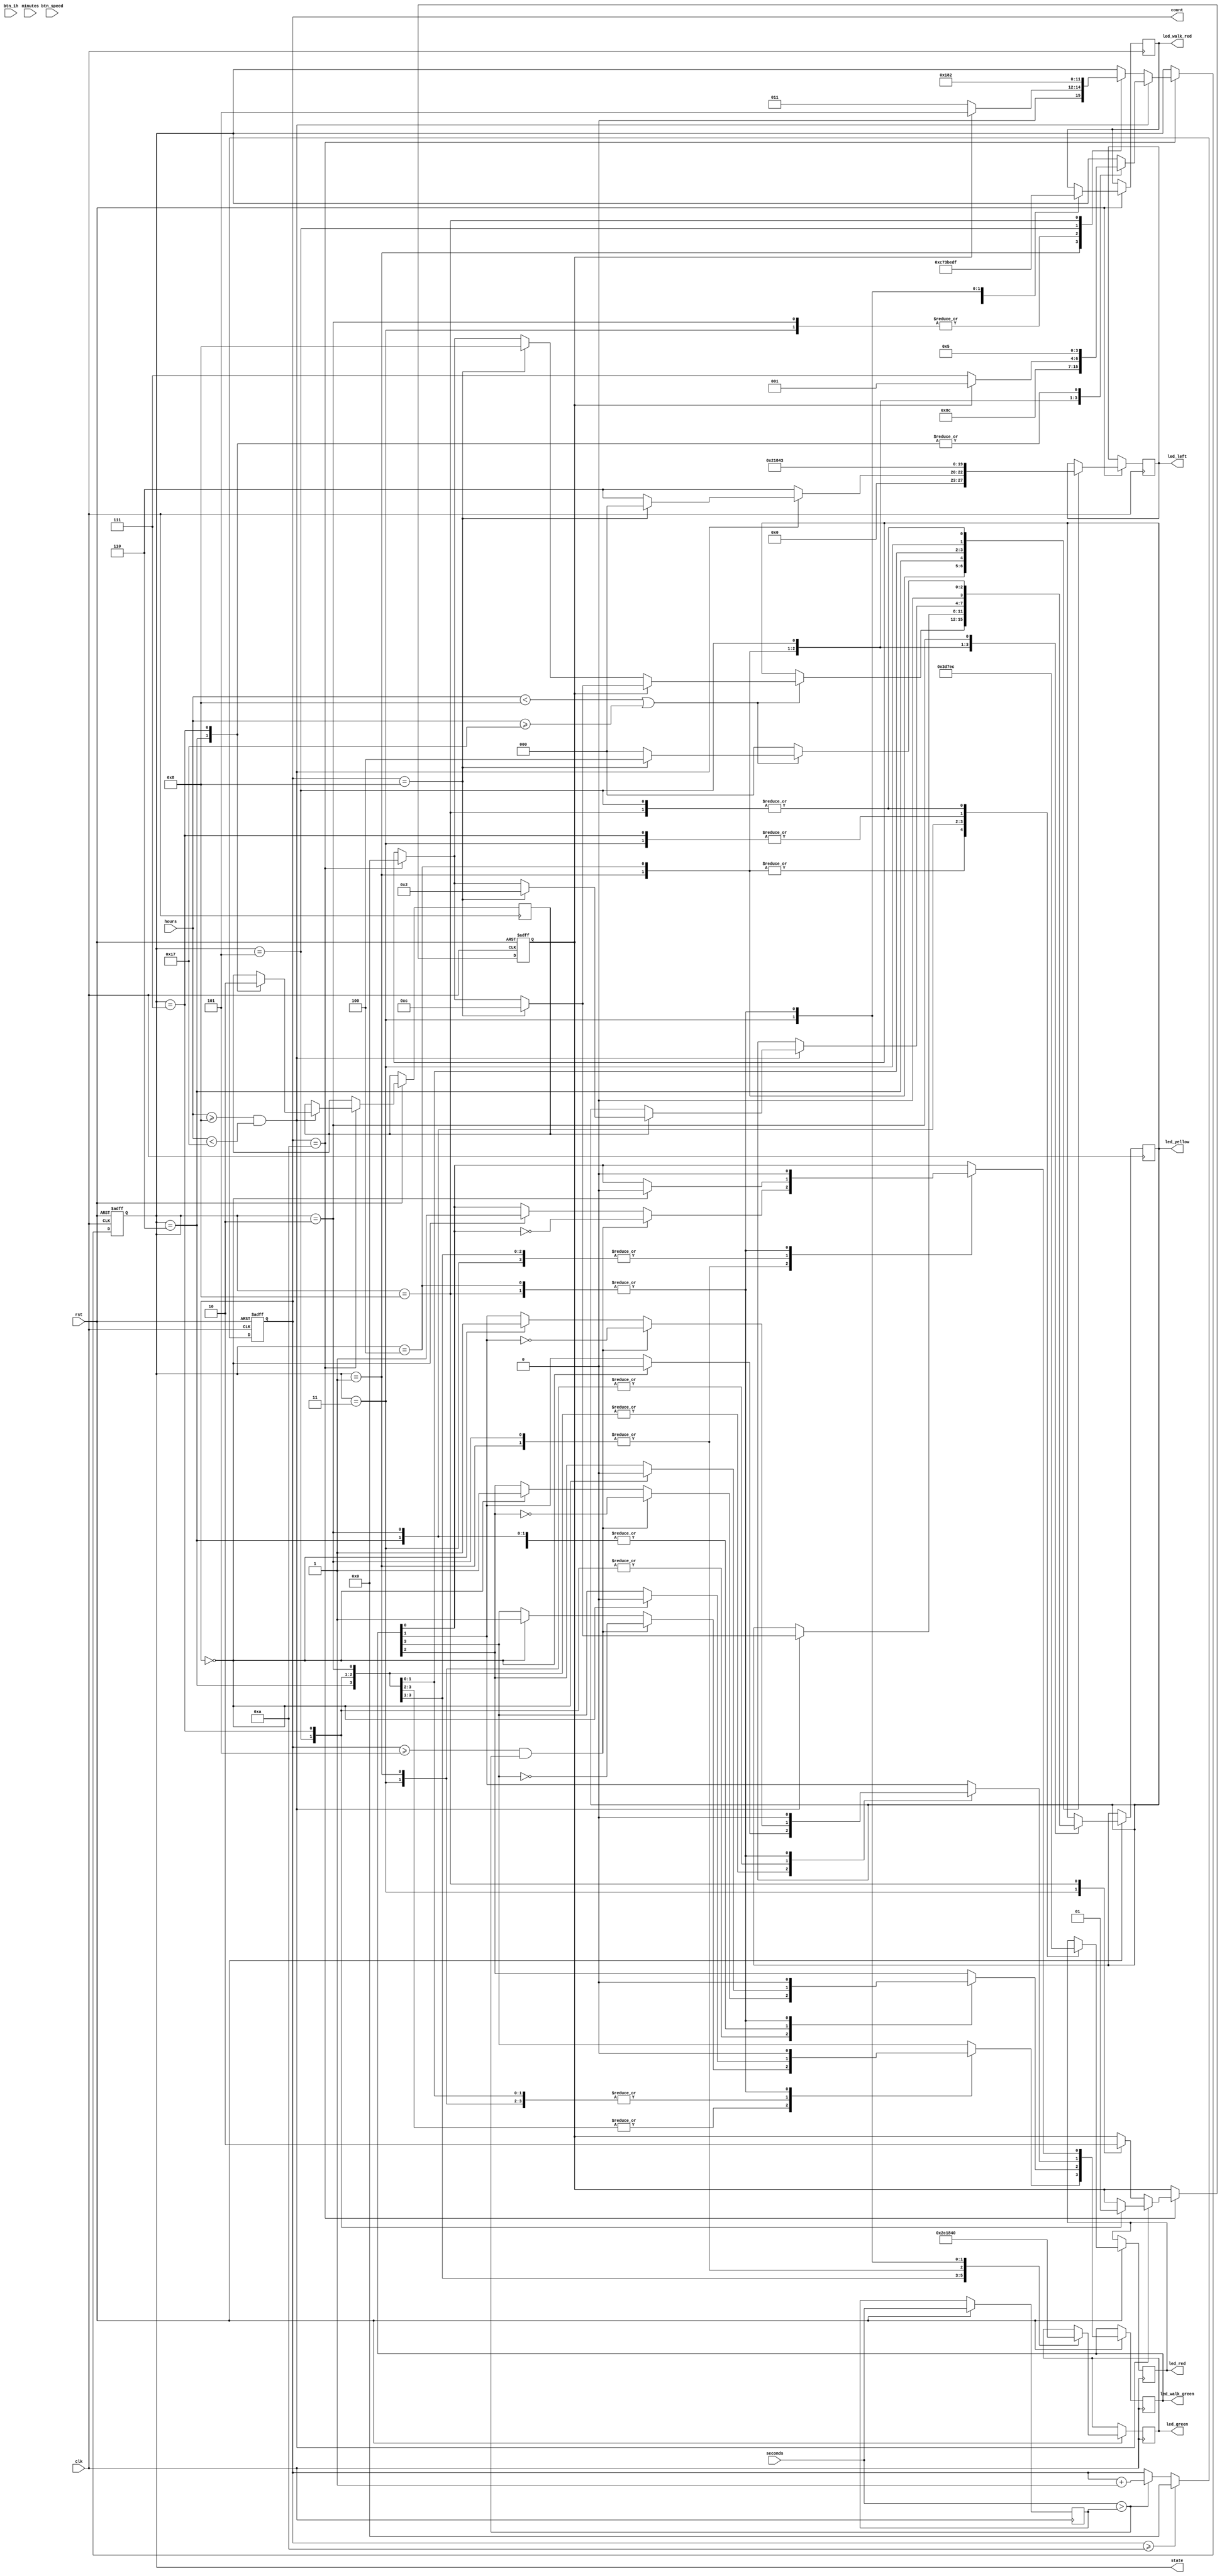
module TrafficLight (
    input wire clk,
    input wire rst,
    input wire [5:0] hours,
    input wire [5:0] minutes,
    input wire [5:0] seconds,  
    input wire btn_speed,
    input wire btn_1h,
    
    //input wire [31:0] current_time, // 32-bit   
    output reg [3:0] led_red,
    output reg [3:0] led_yellow,
    output reg [3:0] led_green,
    output reg [3:0] led_left,
    output reg [3:0] led_walk_red,
    output reg [3:0] led_walk_green,
    output reg [3:0] count,        // 
    //clock parameter
      
    output reg [3:0] state         //  
);
//   
parameter [3:0] A = 4'b0001;
parameter [3:0] B = 4'b0010;
parameter [3:0] C = 4'b0011;
parameter [3:0] D = 4'b0100;
parameter [3:0] E = 4'b0101;

//   
parameter [3:0] F = 4'b0110;
parameter [3:0] G = 4'b0111;
parameter [3:0] H = 4'b1000;



reg [3:0] pedestrianCount; //   
reg A_count; // count state A in night
reg E_count; // count state E in day

reg [5:0] seconds_reg;

//clock ck2(clk,rst, btn_speed,btn_1h, hours,minutes,seconds);

always @(posedge clk or negedge rst) begin
    if (!rst) begin

        state <= A;
        A_count <= 0;
        //led_yellow <= 4'b0000;
        pedestrianCount <= 0;        
    end
    else begin
        // /  
        if (count == 10) begin // 5 50000000
            if (hours >= 8 && hours < 23) // 
                case (state)
                    A: state <= D;
                    D: state <= F;
                    F: 
                        begin
                            state <= E;
                            E_count <= 1; 
                        end
                    E: 
                        begin
                        if(A_count == 1) begin
                            state <= A;
                            A_count <= 0;                        
                        end
                        else
                            state <= G;                             
                        end   
                    G: 
                        begin
                        state <= E;
                        A_count <= 1;
                        E_count <= 0;
                        end
                endcase
            else //                            
                case (state)
                    B: 
                        begin
                        state <= A;
                        end
                    A:  
                        begin
                        if(A_count == 1)
                            state <= E; 
                        else
                            state <= C;
                        end                                      
                    C: 
                        begin
                        state <= A;
                        A_count <= 1;
                        end
                    E: state <= H;
                    H: 
                        begin
                        state <= B;
                        A_count <= 0;
                        end
                endcase
            end
        end
end     
always @(posedge clk or negedge rst) 
begin
    if(!rst) count <= 4'b0000;
        
    else begin
        if(count >= 10) count <= 0;
        else if(seconds > seconds_reg) count <= count + 1; //|| seconds == 60
        seconds_reg <= seconds;    
        //   
        case (state)
            A: 
                begin
                led_red <= 4'b0011;
                led_green <= 4'b1000;
                led_left <= 4'b0000;
                if (hours < 8 || hours >= 23) begin// 
                    
                    if (A_count == 0) begin //    1
                        if (count == 8) // 4.9 49000000
                            led_yellow <= 4'b1000;
                        else if (count == 10) // 5
                            led_yellow <= 4'b0000;
                    end
                    else begin //    2
                        if (count == 8) // 4.9
                            led_yellow <= 4'b1100;
                        else if (count == 10) // 5
                            led_yellow <= 4'b0000;
                    end
                end        
                led_walk_red <= 4'b1100;
                if (count == 0)
                    led_walk_green <= 4'b0011;                   
                //   
                if (count >= 5 && seconds > seconds_reg) begin // 2.5 25000000
                    led_walk_green[0] <= ~led_walk_green[0];
                    led_walk_green[1] <= ~led_walk_green[1];
                    end
                //else if (pedestrianCount >= 3) 
                    //pedestrianCount <= 0;                    
                //pedestrianCount <= pedestrianCount + 1;
                end
            D:
                begin
                led_red <= 4'b0011;
                led_green <= 4'b0000;
                led_left <= 4'b0110;
                if (hours >= 8 && hours < 23) // 
                //    
                    if (count == 8) begin// 4
                        led_green <= 4'b0000;
                        led_left <= 4'b0000;
                        led_yellow <= 4'b1100;
                    end
                    else if (count == 10) // 5
                        led_yellow <= 4'b0000;
                    
                led_walk_red <= 4'b1111;
                led_walk_green <= 4'b0000;                   
                end
            F: 
                begin
                led_red <= 4'b1101;
                led_green <= 4'b0010;
                led_left <= 4'b0010;
                led_walk_red <= 4'b0111;
                if (count == 0)
                    led_walk_green <= 4'b1000;
                //   
                if (count >= 5 && seconds > seconds_reg) begin // 2.5
                    led_walk_green[3] <= ~led_walk_green[3];
                    end
                //else if (pedestrianCount >= 5) 
                    //pedestrianCount <= 0;                    
                //pedestrianCount <= pedestrianCount + 1;
                end
            E: 
                begin
                led_red <= 4'b1100;
                led_green <= 4'b1100;
                led_left <= 4'b0011;
                if (hours >= 8 && hours < 23) // 
                    if( E_count == 1) begin //   
                        if (count == 8) // 4
                            led_yellow <= 4'b0010;
                        else if (count == 10) // 5
                            led_yellow <= 4'b0000;
                    end                      
                led_walk_red <= 4'b0011;
                if (count == 0)
                    led_walk_green <= 4'b1100;    
                //   
                if (count >= 5 && seconds > seconds_reg) begin // 2.5
                    led_walk_green[3] <= ~led_walk_green[3];
                    led_walk_green[2] <= ~led_walk_green[2];
                    end
                //else if (pedestrianCount >= 5) 
                    //pedestrianCount <= 0;                    
                //pedestrianCount <= pedestrianCount + 1;
                end
            G: 
                begin
                led_red <= 4'b1110;
                led_green <= 4'b0001;
                led_left <= 4'b0001;
                led_walk_red <= 4'b1011;
                if (count == 0)
                    led_walk_green <= 4'b0100;
                //   
                if (count >= 5 && seconds > seconds_reg) begin // 2.5
                    led_walk_green[2] <= ~led_walk_green[2];
                    end
                //else if (pedestrianCount >= 5) 
                    //pedestrianCount <= 0;                    
                //pedestrianCount <= pedestrianCount + 1;
                end
            B: 
                begin
                led_red <= 4'b0111;
                led_green <= 4'b1000; // Straight
                led_yellow <= 4'b0000;
                led_left <= 4'b1000;
                if (hours < 8 || hours >= 23) begin// 
                    //    
                    if (count == 8) begin// 4
                        led_yellow <= 4'b0100;
                    end
                    else if (count == 10) // 5
                        led_yellow <= 4'b0000;
                end  
                
                led_walk_red <= 4'b1110;
                if (count == 0)
                    led_walk_green <= 4'b0001;
                //   
                if (count >= 5 && seconds > seconds_reg) begin // 2.5
                    led_walk_green[0] <= ~led_walk_green[0];
                    end
                //else if (pedestrianCount >= 5) 
                    //pedestrianCount <= 0;                    
                //pedestrianCount <= pedestrianCount + 1;
                end
            C: 
                begin
                led_red <= 4'b1110; //stop
                led_green <= 4'b0100; // Straight
                led_left <= 4'b0100;
                led_walk_red <= 4'b1101;
                if (count == 0)
                    led_walk_green <= 4'b0010;
                //   
                if (count >= 5 && seconds > seconds_reg) begin // 2.5
                    led_walk_green[1] <= ~led_walk_green[1];
                    end
                //else if (pedestrianCount >= 5) 
                    //pedestrianCount <= 0;                    
                //pedestrianCount <= pedestrianCount + 1;
                end
            H: 
                begin
                led_red <= 4'b1100;
                led_green <= 4'b0000;
                led_left <= 4'b0011;
                led_walk_red <= 4'b1111;
                led_walk_green <= 4'b0000;
                end
        endcase 
    end
   
end  
endmodule